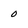
Character: 0